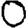
Digit: 0